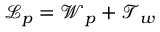
\mathcal { L } _ { p } = \mathcal { W } _ { p } + \mathcal { T } _ { w }